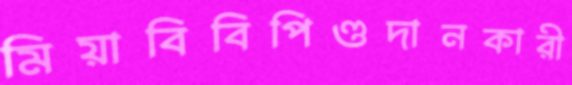
মিয়াবিবিপিণ্ডদানকারী